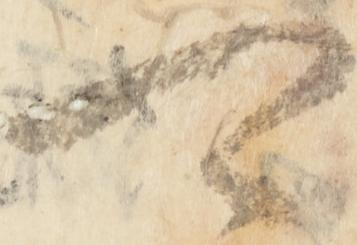
可